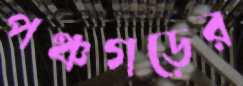
পঞ্চগড়ের